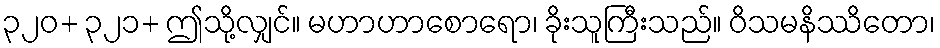
၃၂၀+ ၃၂၁+ ဤသို့လျှင်။ မဟာဟာစောရော၊ ခိုးသူကြီးသည်။ ဝိသမနိဿိတော၊